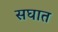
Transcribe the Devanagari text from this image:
सघात